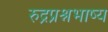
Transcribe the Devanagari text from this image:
रुद्रप्रश्नभाष्य